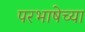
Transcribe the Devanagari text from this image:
परभाषेच्या